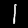
Digit: 1